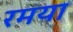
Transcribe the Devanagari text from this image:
रमया